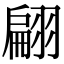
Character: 翩